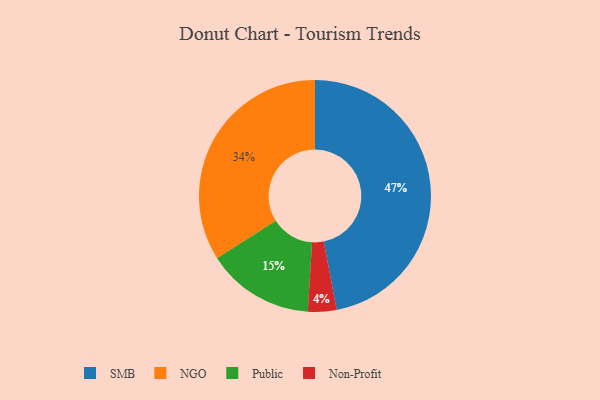
{"axis": {"x": "Category", "y": "Percentage"}, "legend": ["NGO", "Non-Profit", "Public", "SMB"], "data": [{"x": "NGO", "y": 34, "type": "NGO"}, {"x": "SMB", "y": 47, "type": "SMB"}, {"x": "Non-Profit", "y": 4, "type": "Non-Profit"}, {"x": "Public", "y": 15, "type": "Public"}]}